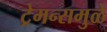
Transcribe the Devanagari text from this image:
ट्रेमन्समुळे